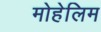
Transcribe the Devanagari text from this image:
मोहेलिम